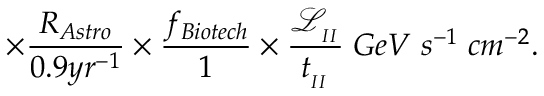
\times \frac { R _ { A s t r o } } { 0 . 9 y r ^ { - 1 } } \times \frac { f _ { B i o t e c h } } { 1 } \times \frac { \mathcal { L } _ { _ { I I } } } { t _ { _ { I I } } } \; G e V \; s ^ { - 1 } \; c m ^ { - 2 } .